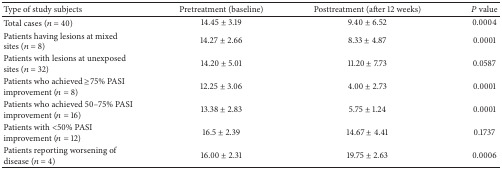
<table><thead><tr><td><b>Type of study subjects</b></td><td><b>Pretreatment (baseline)</b></td><td><b>Posttreatment (after 12 weeks)</b></td><td><b><i>P</i> value</b></td></tr></thead><tbody><tr><td>Total cases (<i>n</i> = 40)</td><td>14.45 ± 3.19</td><td>9.40 ± 6.52</td><td>0.0004</td></tr><tr><td>Patients having lesions at mixed sites (<i>n</i> = 8)</td><td>14.27 ± 2.66</td><td>8.33 ± 4.87</td><td>0.0001</td></tr><tr><td>Patients with lesions at unexposed sites (<i>n</i> = 32)</td><td>14.20 ± 5.01</td><td>11.20 ± 7.73</td><td>0.0587</td></tr><tr><td>Patients who achieved ≥75% PASI improvement (<i>n</i> = 8)</td><td>12.25 ± 3.06</td><td>4.00 ± 2.73</td><td>0.0001</td></tr><tr><td>Patients who achieved 50–75% PASI improvement (<i>n</i> = 16)</td><td>13.38 ± 2.83</td><td>5.75 ± 1.24</td><td>0.0001</td></tr><tr><td>Patients with &lt;50% PASI improvement (<i>n</i> = 12)</td><td>16.5 ± 2.39</td><td>14.67 ± 4.41</td><td>0.1737</td></tr><tr><td>Patients reporting worsening of disease (<i>n</i> = 4)</td><td>16.00 ± 2.31</td><td>19.75 ± 2.63</td><td>0.0006</td></tr></tbody></table>